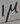
Text: 1µ